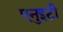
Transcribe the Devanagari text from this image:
एनुइटी